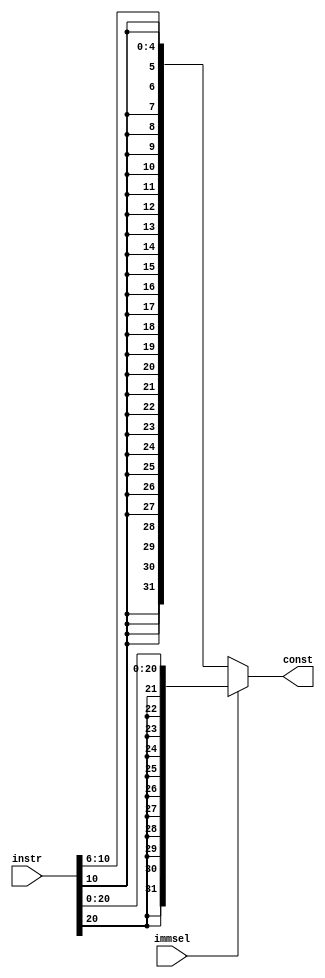
`timescale 1ns / 1ps
//////////////////////////////////////////////////////////////////////////////////
// Company: 
// Engineer: 
// 
// Design Name: 
// Module Name: Imm_gen
// Project Name: 
// Target Devices: 
// Tool Versions: 
// Description: 
// 
// Dependencies: 
// 
// Revision:
// Revision 0.01 - File Created
// Additional Comments:
// 
//////////////////////////////////////////////////////////////////////////////////


module Imm_gen(
      input [31:0] instr,
      input immsel,
      output reg[31:0] const

    );
     
     reg [20:0] const1;
     reg [4:0] shamt; 
    always @(*)
     begin 
      if(immsel == 0) //R-type
        begin 
          shamt = instr[10:6];
          const = $signed(shamt);
        end
      else 
        begin 
          const1 = instr[20:0];
          const =  $signed(const1);
        end
     end
          
endmodule